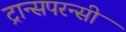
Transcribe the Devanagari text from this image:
ट्रान्सपरन्सी